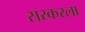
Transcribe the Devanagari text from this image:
सरकरला